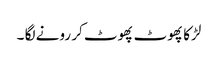
لڑکا پھوٹ پھوٹ کر رونے لگا ۔